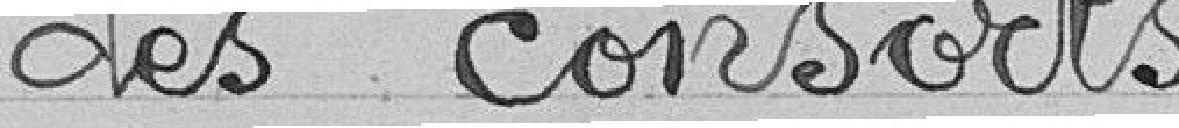
des consorts